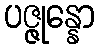
ပဇ္ဇုန္နော